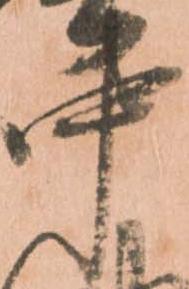
中